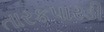
તારકપારડી